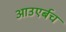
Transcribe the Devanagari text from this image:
आउएर्बच